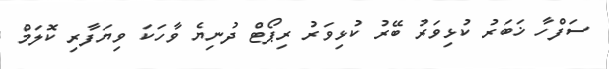
ސަފްހާ ޚަބަރު ކުޅިވަރު ބޭރު ކުޅިވަރު ރިޕޯޓް ދުނިޔެ ވާހަކަ ވިޔަފާރި ކޮލަމް